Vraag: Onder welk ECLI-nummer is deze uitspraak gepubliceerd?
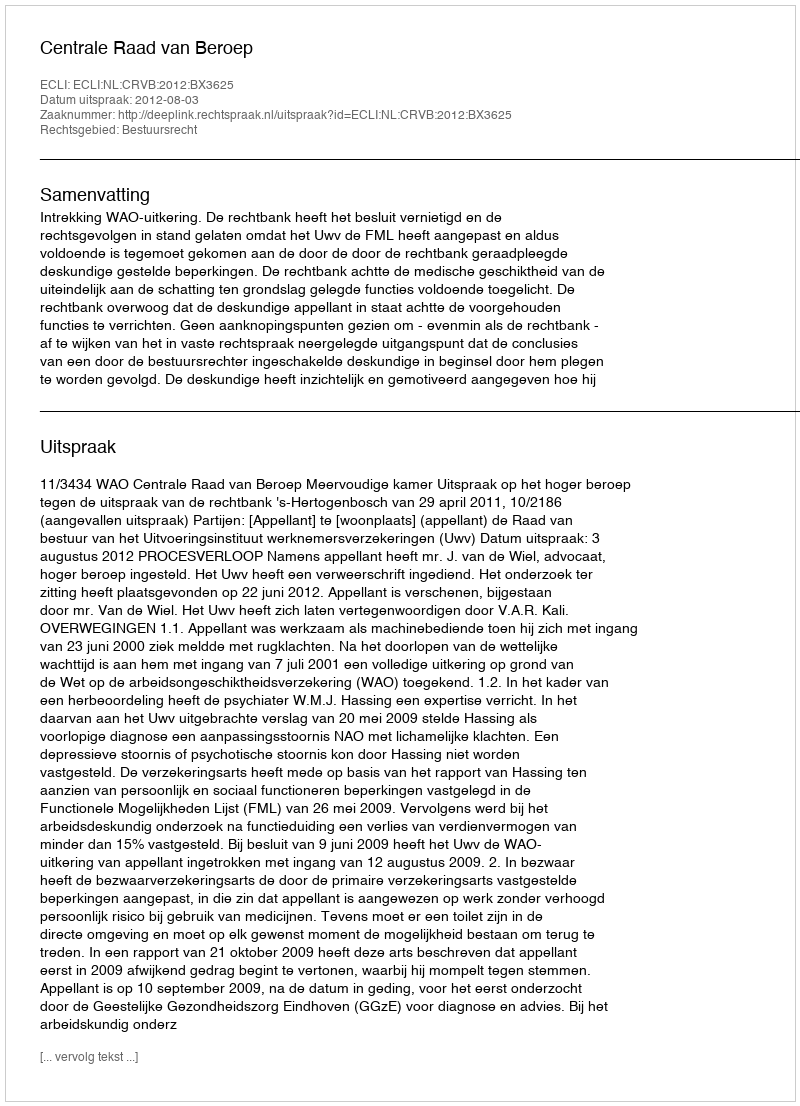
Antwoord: ECLI:NL:CRVB:2012:BX3625